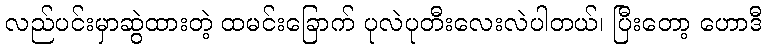
လည်ပင်းမှာဆွဲထားတဲ့ ထမင်းခြောက် ပုလဲပုတီးလေးလဲပါတယ်၊ ပြီးတော့ ဟောဒီ